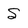
Character: S